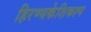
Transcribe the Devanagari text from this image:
हिरण्यकेशिकल्प